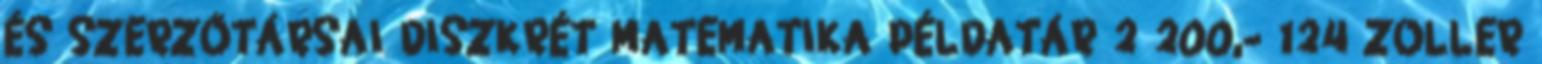
ÉS SZERZŐTÁRSAI DISZKRÉT MATEMATIKA PÉLDATÁR 2 200,- 124 ZOLLER